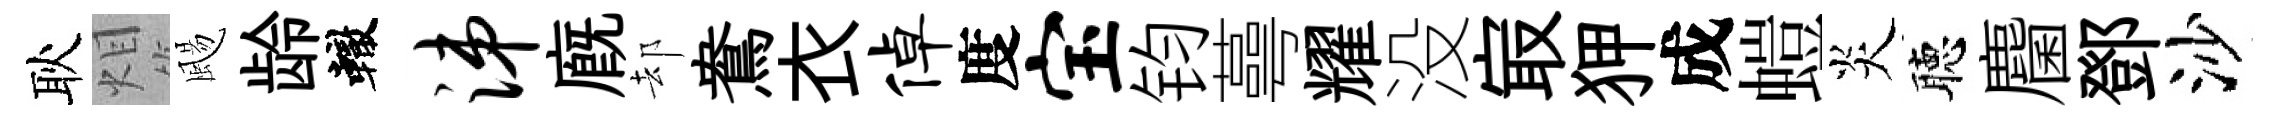
耿𤇆颺龄轍涕廐却鴦衣倬度宝钧蕚耀没㝡狎成螘炎聴麕鄧沙